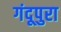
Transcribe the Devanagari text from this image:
गंदूपुरा